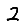
Digit: 2